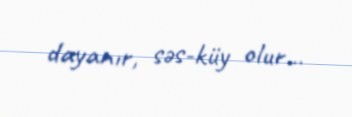
dayanır, səs-küy olur...